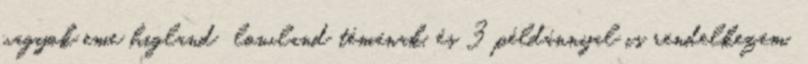
vagyok eme higland lowland témának, és 3 példánnyal is rendelkezem,